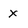
Character: x